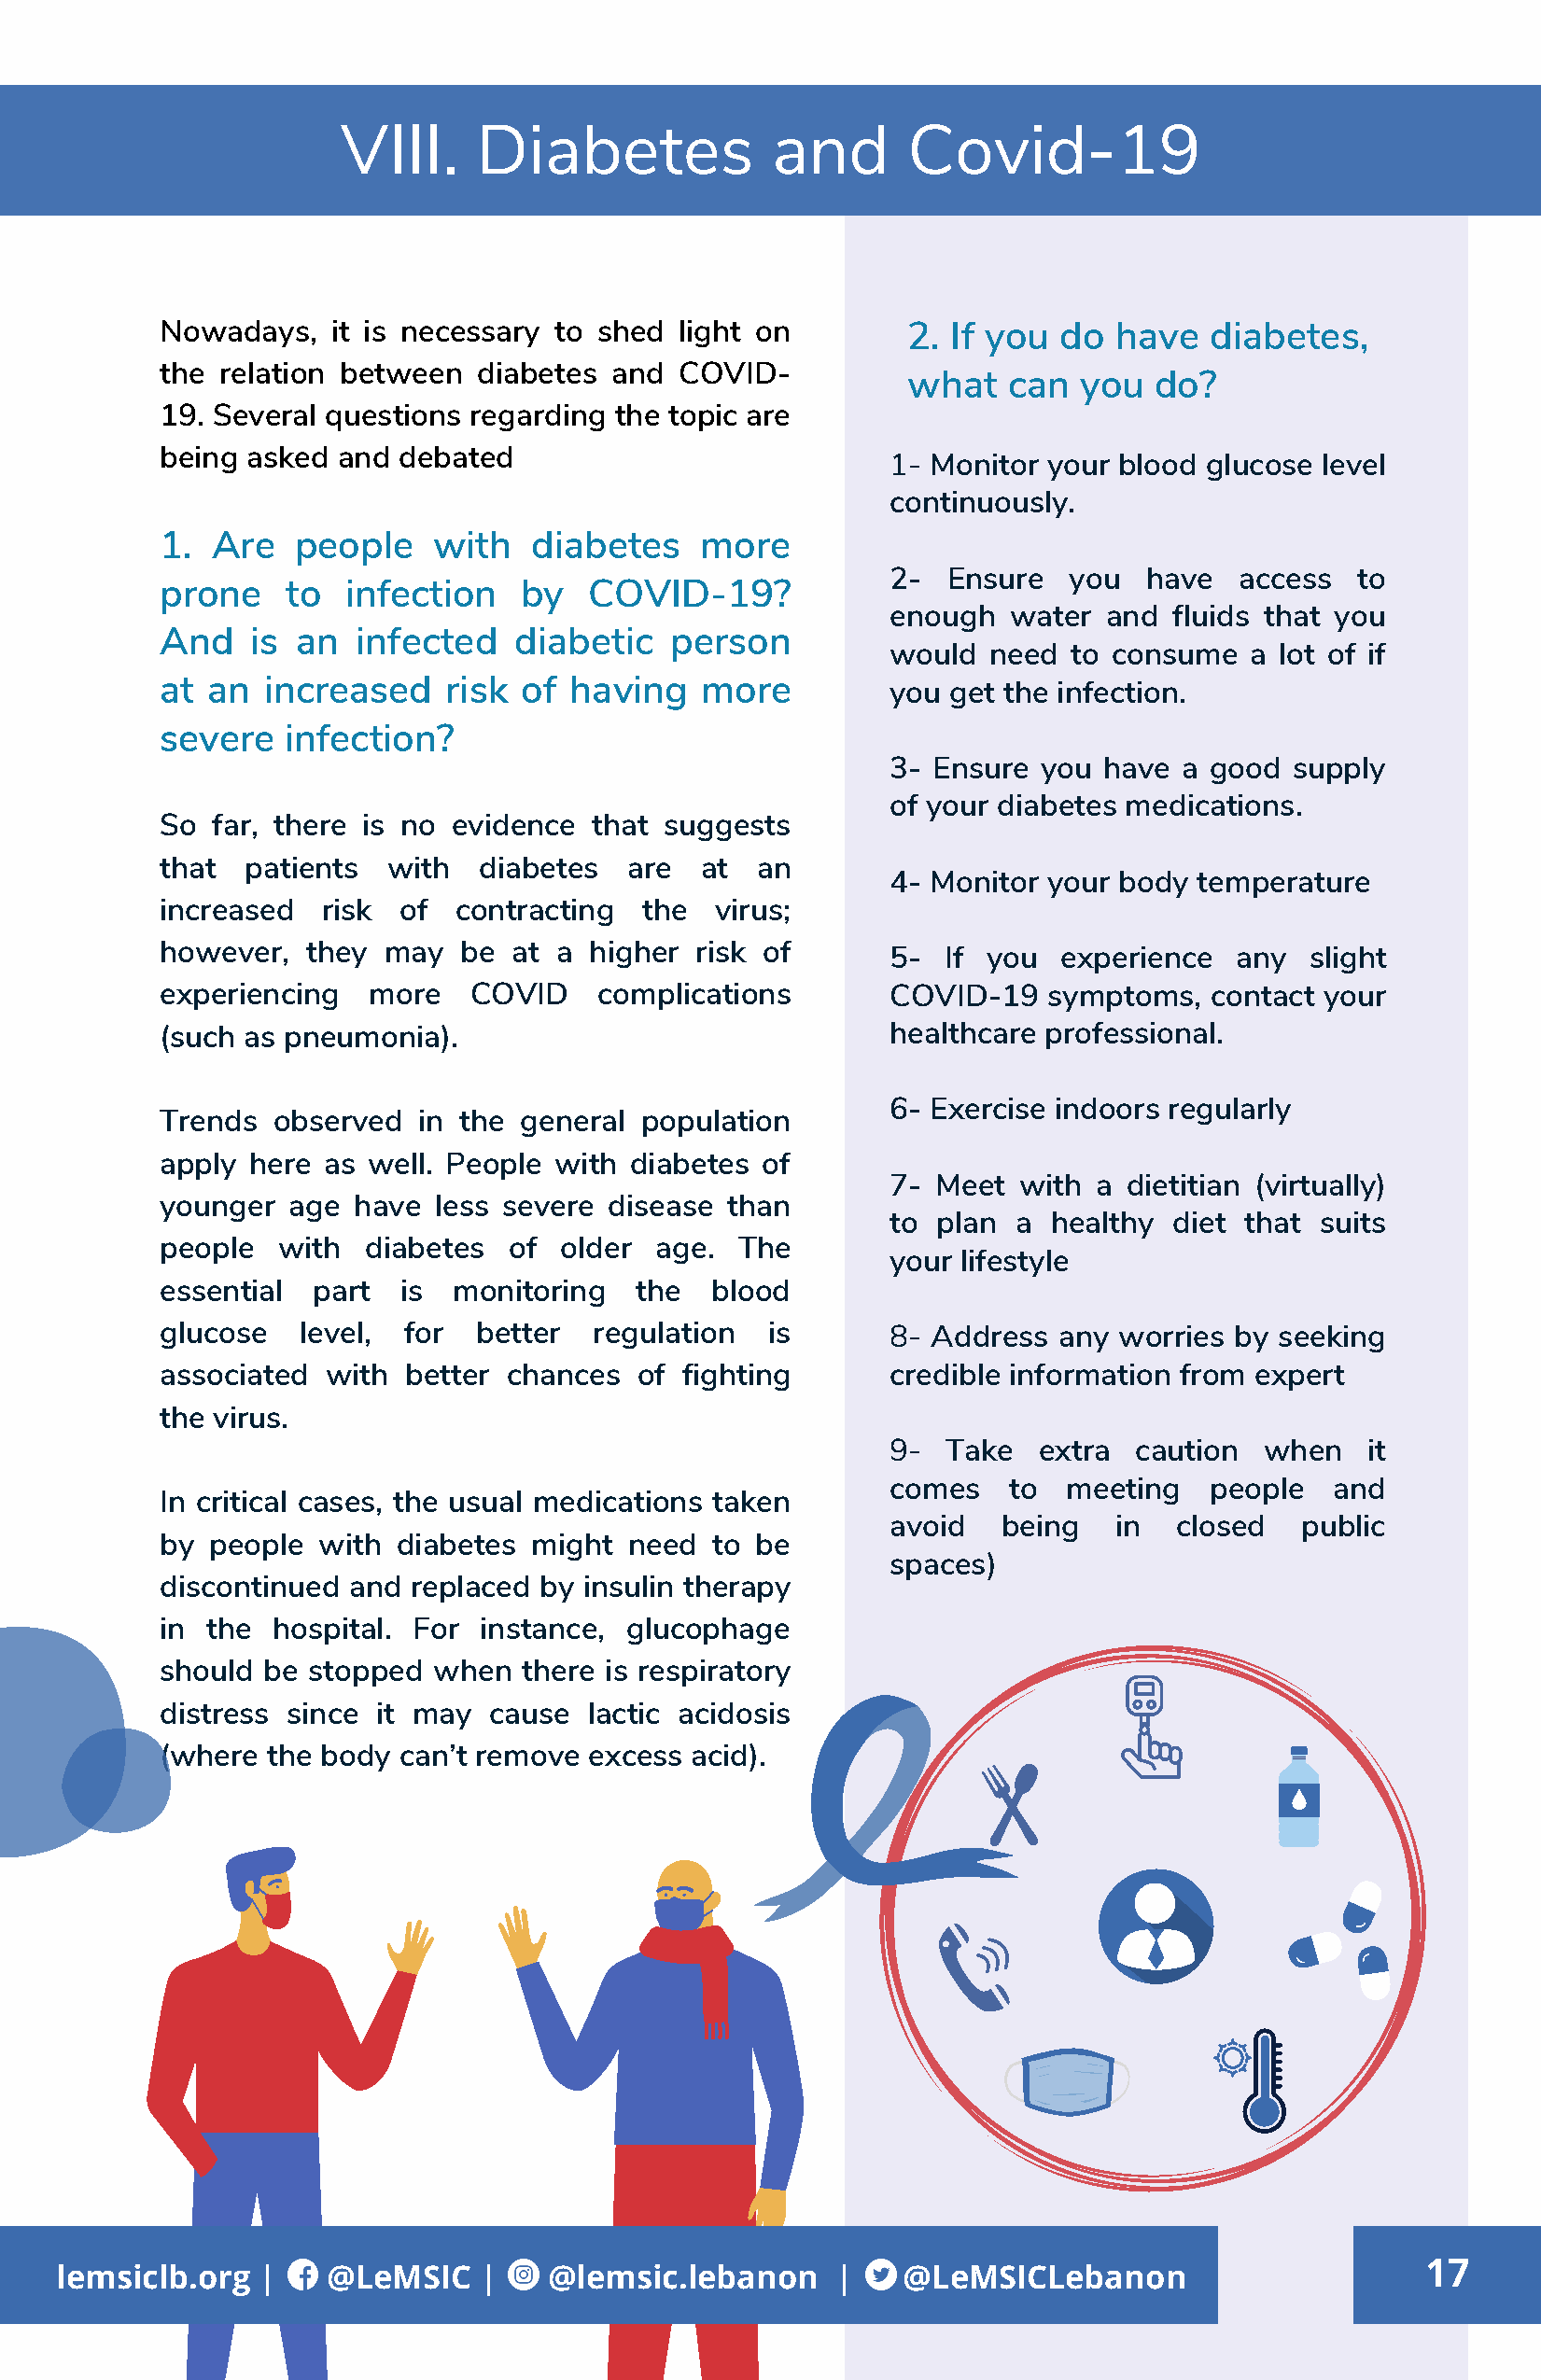
VIII.     Diabetes             and      Covid-19
 Nowadays,   it is necessary to shed  light on        2. If you  do  have   diabetes,
 the  relation between  diabetes and  COVID-
 what   can   you  do?
 19. Several questions regarding  the topic are
 being asked  and debated
 1- Monitor your blood glucose  level
 continuously.
 1.  Are   people    with   diabetes    more
 2-  Ensure   you  have   access  to
 prone    to  infection    by   COVID-19?
 enough   water and  fluids that you
 And    is an  infected   diabetic    person
 would  need  to consume   a lot of if
 at  an  increased    risk of having    more         you get the infection.
 severe   infection?
 3- Ensure  you have  a good  supply
 of your diabetes medications.
 So  far, there is no evidence  that suggests
 that  patients  with   diabetes  are   at  an
 4- Monitor your body  temperature
 increased   risk of  contracting   the  virus;
 however,   they may   be at a  higher risk of       5-  If you  experience   any  slight
 experiencing   more   COVID    complications        COVID-19   symptoms,   contact your
 (such as pneumonia).                                healthcare professional.
 6- Exercise indoors regularly
 Trends  observed   in the general population
 apply  here as well. People with  diabetes of
 7- Meet  with  a dietitian (virtually)
 younger  age  have  less severe disease  than
 to plan  a healthy  diet that  suits
 people   with  diabetes  of  older age.  The
 your lifestyle
 essential  part  is  monitoring   the  blood
 glucose   level,  for  better  regulation  is       8- Address  any worries by  seeking
 associated  with  better chances  of fighting       credible information from expert
 the virus.
 9-  Take   extra caution   when   it
 comes    to  meeting   people   and
 In critical cases, the usual medications taken
 avoid   being   in  closed   public
 by  people  with diabetes  might  need to  be
 spaces)
 discontinued  and replaced by insulin therapy
 in  the hospital. For  instance, glucophage
 should  be stopped  when  there is respiratory
 distress since  it may  cause  lactic acidosis
 (where  the body can’t remove  excess acid).
 17
 lemsiclb.org  |    @LeMSIC    |    @lemsic.lebanon     |    @LeMSICLebanon